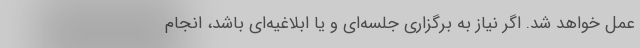
عمل خواهد شد. اگر نیاز به برگزاری جلسه‌ای و یا ابلاغیه‌ای باشد، انجام